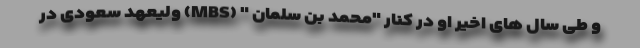
و طی سال های اخیر او در کنار "محمد بن سلمان " (MBS) ولیعهد سعودی در